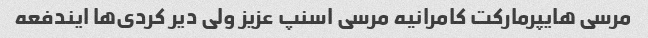
مرسی هایپرمارکت کامرانیه مرسی اسنپ عزیز ولی دیر کردی‌ها ایندفعه